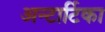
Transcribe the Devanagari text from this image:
अन्टार्टिका